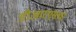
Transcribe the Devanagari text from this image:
डीआरएसचा